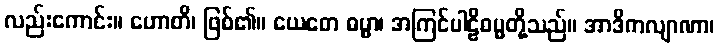
လည်းကောင်း။ ဟောတိ၊ ဖြစ်၏။ ယေတေ ဓမ္မာ၊ အကြင်ပါဠိဓမ္မတို့သည်။ အာဒိကလျာဏာ၊